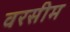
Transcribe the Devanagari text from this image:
वरसीम